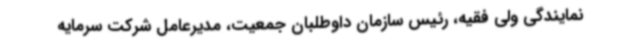
نمایندگی ولی فقیه، رئیس سازمان داوطلبان جمعیت، مدیرعامل شرکت سرمایه